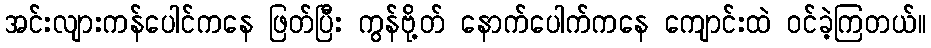
အင်းလျားကန်ပေါင်ကနေ ဖြတ်ပြီး ကွန်ဗို့တ် နောက်ပေါက်ကနေ ကျောင်းထဲ ဝင်ခဲ့ကြတယ်။